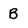
Character: B